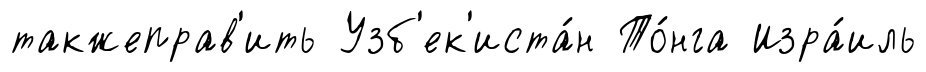
такжеправ'ить Узб'ек'иста́н То́нга Изра́иль